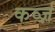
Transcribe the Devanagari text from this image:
कर्व्ज़